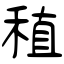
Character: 稙